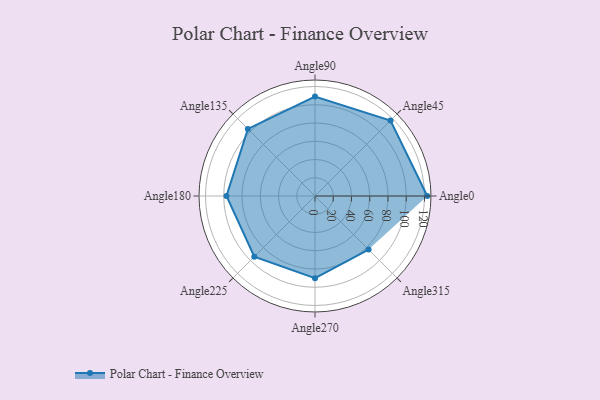
{"axis": {"x": "Angle", "y": "Radius"}, "legend": [""], "data": [{"x": "Angle0", "y": 123.0, "type": ""}, {"x": "Angle45", "y": 117.0, "type": ""}, {"x": "Angle90", "y": 109.0, "type": ""}, {"x": "Angle135", "y": 104.0, "type": ""}, {"x": "Angle180", "y": 97.0, "type": ""}, {"x": "Angle225", "y": 94.0, "type": ""}, {"x": "Angle270", "y": 90.0, "type": ""}, {"x": "Angle315", "y": 83.0, "type": ""}]}